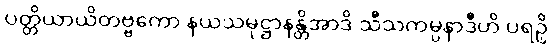
ပတ္တိယာယိတဗ္ဗကော နယသမုဋ္ဌာနန္တိအာဒိ သီသကမ္ပနာဒီဟိ ပရဉှိ